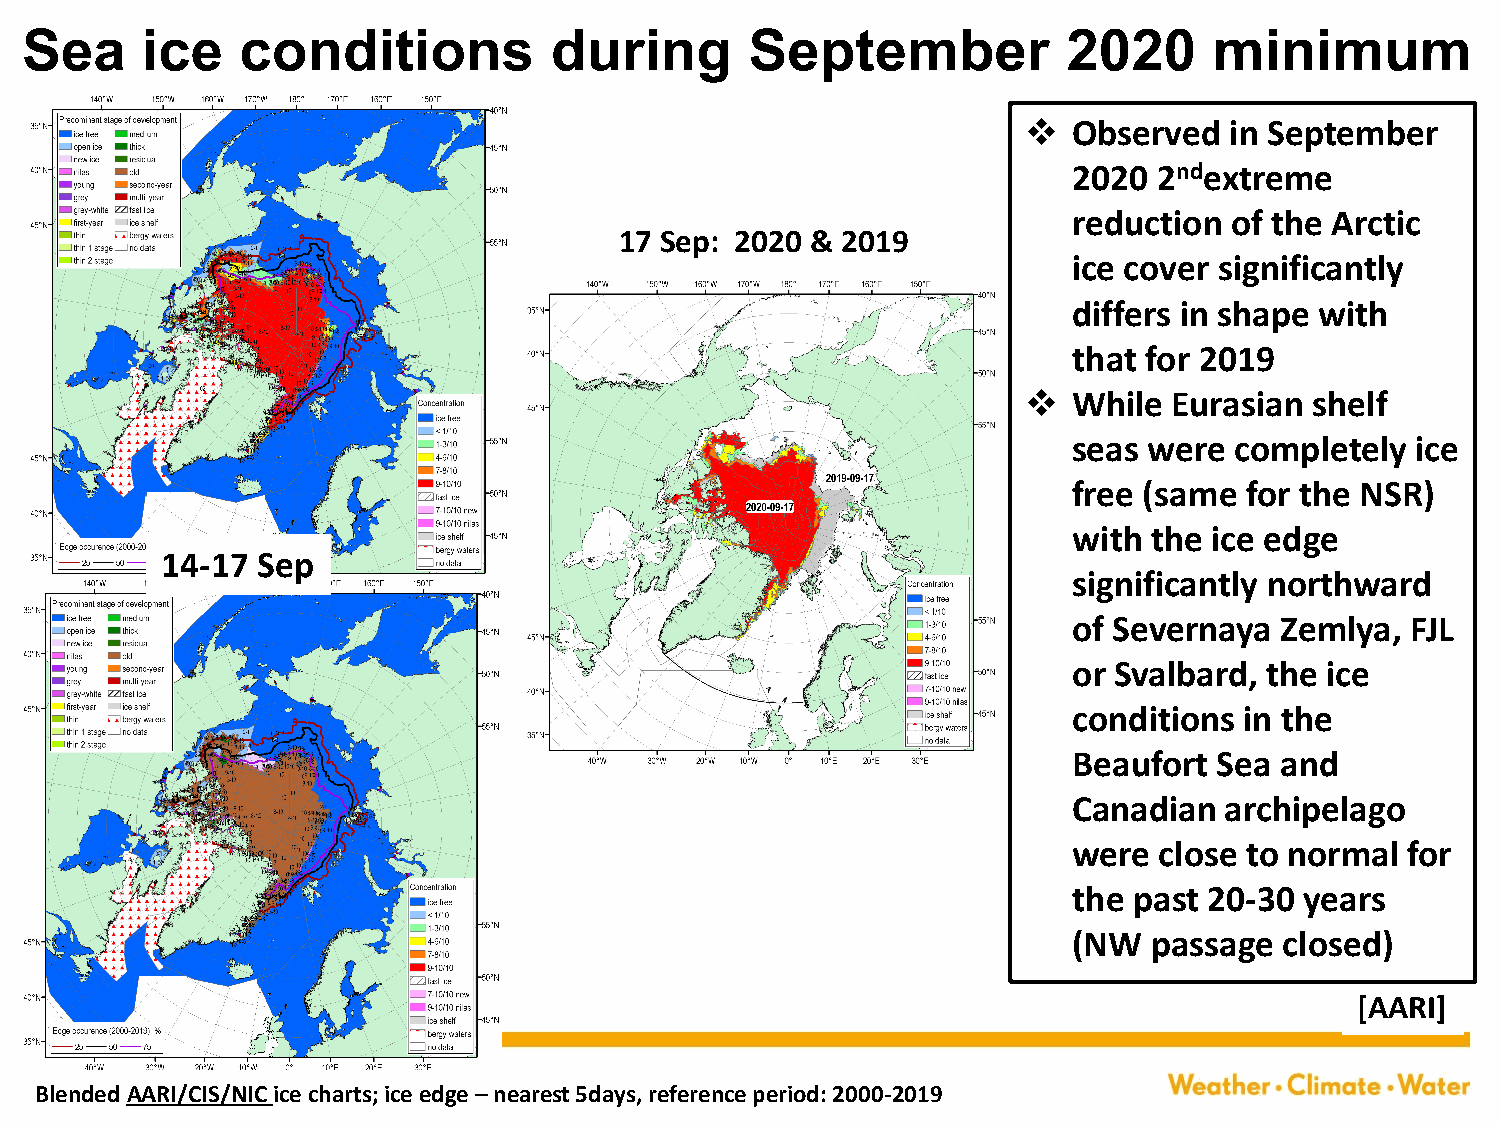
Sea     ice    conditions          during        September            2020     minimum
 ❖  Observed  in September
 2020  2ndextreme
 reduction of the Arctic
 17 Sep: 2020 & 2019
 ice cover significantly
 differs in shape with
 that for 2019
 ❖  While  Eurasian shelf
 seas were  completely  ice
 free (same  for the NSR)
 with the ice edge
 14-17 Sep
 significantly northward
 of Severnaya  Zemlya, FJL
 or Svalbard, the ice
 conditions in the
 Beaufort  Sea and
 Canadian  archipelago
 were  close to normal for
 the past 20-30 years
 (NW  passage  closed)
 [AARI]
 Blended AARI/CIS/NIC ice charts; ice edge –nearest 5days, reference period: 2000-2019